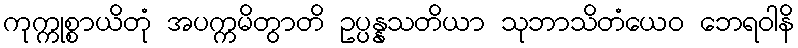
ကုက္ကုစ္စာယိတုံ အပက္ကမိတွာတိ ဥပ္ပန္နသတိယာ သုဘာသိတံယေဝ ဘေရဝါနိ